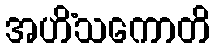
အဟိံသကောတိ